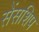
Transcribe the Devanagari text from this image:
सेंसशिप